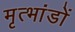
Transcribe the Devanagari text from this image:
मृत्भांडों